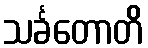
သင်္ခတောတိ